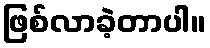
ဖြစ်လာခဲ့တာပါ။